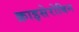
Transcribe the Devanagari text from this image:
क्राइसेरोबिन